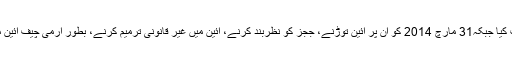
خصوصی عدالت نے 24 دسمبر 2013 کو پرویز مشرف کو بطور ملزم طلب کیا جبکہ31 مارچ 2014 کو ان پر آئین توڑنے، ججز کو نظربند کرنے، آئین میں غیر قانونی ترمیم کرنے، بطور آرمی چیف آئین معطل کرنے اور غیر آئینی پی سی او جاری کرنے کی فرد جرم عائد کی گئی۔